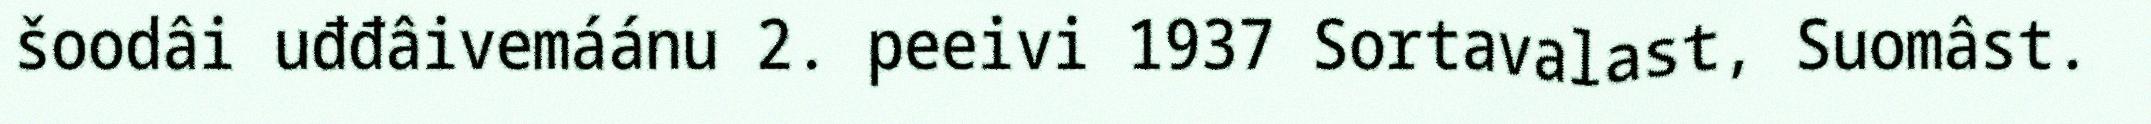
šoodâi uđđâivemáánu 2. peeivi 1937 Sortavalast, Suomâst.